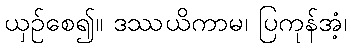
ယှဉ်စေ၍။ ဒဿယိကာမ၊ ပြကုန်အံ့၊